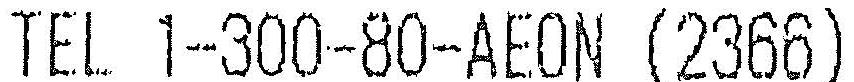
TEL 1-300-80-AEON (2366)